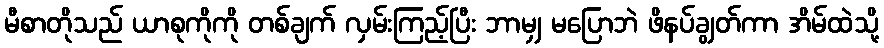
မီစာတိုသည် ယာစုကိုကို တစ်ချက် လှမ်းကြည့်ပြီး ဘာမျှ မပြောဘဲ ဖိနပ်ချွတ်ကာ အိမ်ထဲသို့